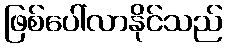
ဖြစ်ပေါ်လာနိုင်သည်